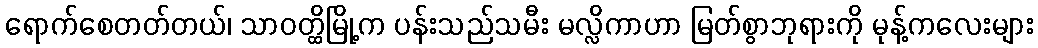
ရောက်စေတတ်တယ်၊ သာဝတ္ထိမြို့က ပန်းသည်သမီး မလ္လိကာဟာ မြတ်စွာဘုရားကို မုန့်ကလေးများ